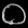
Digit: ၀